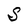
Character: S